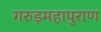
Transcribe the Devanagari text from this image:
गरुड़महापुराण